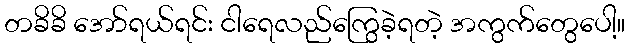
တခိခိ အော်ရယ်ရင်း ငါရေလည်ကြွေခဲ့ရတဲ့ အကွက်တွေပေါ့။